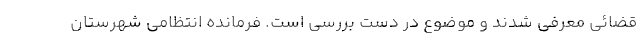
قضائی معرفی شدند و موضوع در دست بررسی است. فرمانده انتظامی شهرستان